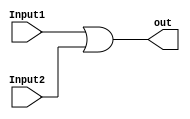
module OR_Gate (input Input1,
				input Input2,
				output out);

    assign out = (Input1 | Input2);
    
endmodule